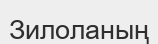
Зилоланың